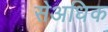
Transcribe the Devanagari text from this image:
सेअधिक